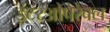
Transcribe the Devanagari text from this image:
इंटरओपेरेबल